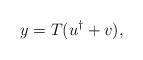
LaTeX: \begin{align*}y= T (u^\dagger + v),\end{align*}